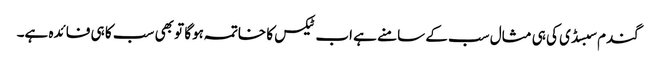
گندم سبسڈی کی ہی مثال سب کے سامنے ہے اب ٹیکس کا خاتمہ ہوگا تو بھی سب کا ہی فائدہ ہے۔